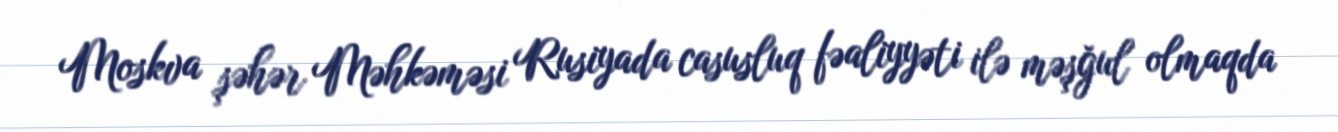
Moskva şəhər Məhkəməsi Rusiyada casusluq fəaliyyəti ilə məşğul olmaqda